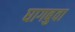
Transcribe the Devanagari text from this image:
घागबुवा